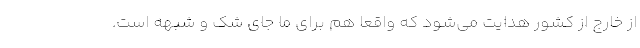
از خارج از کشور هدایت می‌شود که واقعا هم برای ما جای شک و شبهه است.